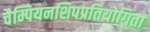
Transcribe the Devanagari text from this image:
चैम्पियनशिपप्रतियोगिता